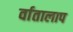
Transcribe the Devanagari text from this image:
र्वातालाप